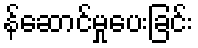
န်ဆောင်မှုပေးခြင်း